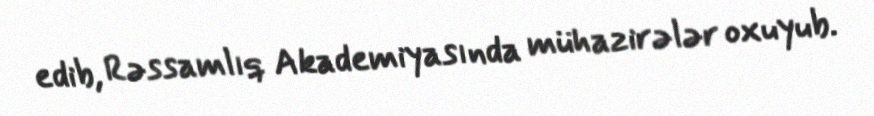
edib, Rəssamlıq Akademiyasında mühazirələr oxuyub.